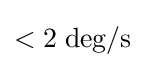
<2\;\mathrm {deg/s}